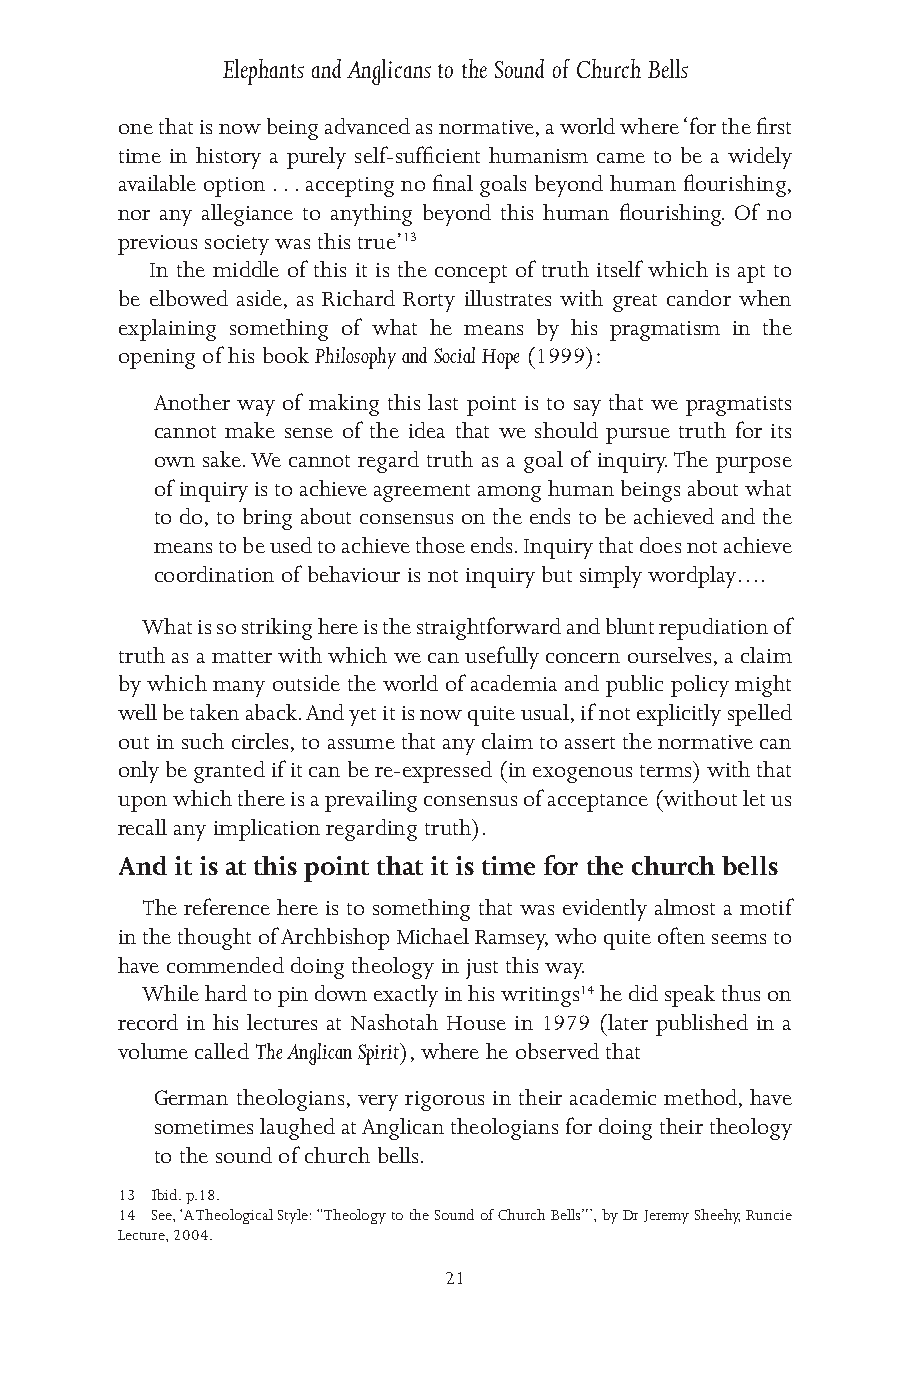
Elephants and Anglicans to the Sound of Church Bells
 one that is now being advanced as normative, a world where ‘for the first
 time in history a purely self-sufficient humanism came to be a widely
 available option . . . accepting no final goals beyond human flourishing,
 nor any allegiance to anything beyond this human flourishing. Of no
 previous society was this true’13
 In the middle of this it is the concept of truth itself which is apt to
 be elbowed aside, as Richard Rorty illustrates with great candor when
 explaining something of what he means by his pragmatism in the
 opening of his book Philosophy and Social Hope (1999):
 Another way of making this last point is to say that we pragmatists
 cannot make sense of the idea that we should pursue truth for its
 own sake. We cannot regard truth as a goal of inquiry. The purpose
 of inquiry is to achieve agreement among human beings about what
 to do, to bring about consensus on the ends to be achieved and the
 means to be used to achieve those ends. Inquiry that does not achieve
 coordination of behaviour is not inquiry but simply wordplay….
 What is so striking here is the straightforward and blunt repudiation of
 truth as a matter with which we can usefully concern ourselves, a claim
 by which many outside the world of academia and public policy might
 well be taken aback. And yet it is now quite usual, if not explicitly spelled
 out in such circles, to assume that any claim to assert the normative can
 only be granted if it can be re-expressed (in exogenous terms) with that
 upon which there is a prevailing consensus of acceptance (without let us
 recall any implication regarding truth).
 And it is at this point that it is time for the church bells
 The reference here is to something that was evidently almost a motif
 in the thought of Archbishop Michael Ramsey, who quite often seems to
 have commended doing theology in just this way.
 While hard to pin down exactly in his writings14 he did speak thus on
 record in his lectures at Nashotah House in 1979 (later published in a
 volume called The Anglican Spirit), where he observed that
 German theologians, very rigorous in their academic method, have
 sometimes laughed at Anglican theologians for doing their theology
 to the sound of church bells.
 13 Ibid. p.18.
 14 See, ‘A Theological Style: “Theology to the Sound of Church Bells”’, by Dr Jeremy Sheehy, Runcie
 Lecture, 2004.
 21